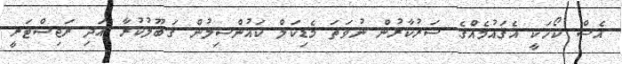
އެސް ކޯހަކީ އެޤައުމެއްގެ ސަރުކާރުން ނުވަތަ މެޑިކަލް ކައުންސިލުން ޤަބޫލުކުރާ އަދި ރަޖިސްޓަރީ